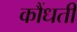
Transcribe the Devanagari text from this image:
कौंधती